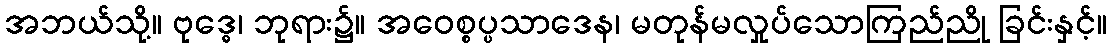
အဘယ်သို့။ ဗုဒ္ဓေ၊ ဘုရား၌။ အဝေစ္စပ္ပသာဒေန၊ မတုန်မလှုပ်သောကြည်ညို ခြင်းနှင့်။